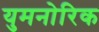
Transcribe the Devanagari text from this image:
युमनोरिक